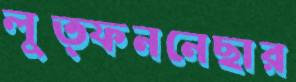
লুত্ফননেছার